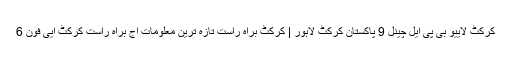
کرکٹ لايیو بی پی ایل چینل 9 پاکستان کرکٹ لاہور | کرکٹ براہ راست تازہ ترین معلومات اج براہ راست کرکٹ ايی فون 6